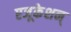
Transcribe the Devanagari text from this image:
एजूकेशन्